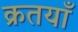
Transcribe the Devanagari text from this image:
क्रतयाँ